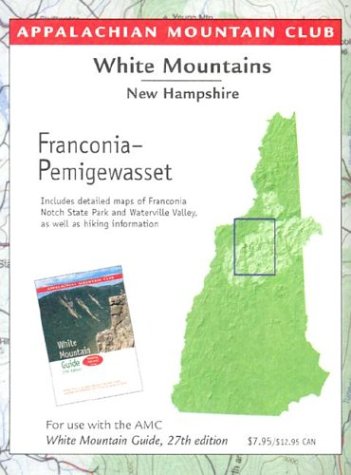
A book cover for Franconia-Pemigewasset with Close-up on Reverse: White Mountain Guide Map; Appalachian Mountain Club Books; Travel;